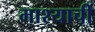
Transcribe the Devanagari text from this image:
माश्याची